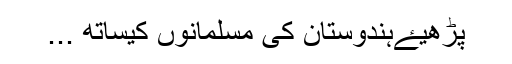
پڑھیۓہندوستان کی مسلمانوں کیساتھ ...